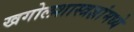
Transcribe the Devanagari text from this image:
खगोलशास्त्रज्ञांमध्ये